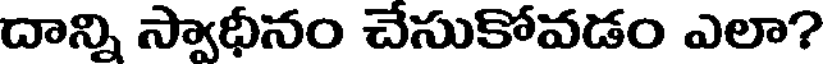
దాన్ని స్వాధీనం చేసుకోవడం ఎలా?